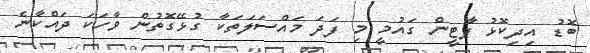
ބޮޑު އިދިކޮޅު ޕާޓީން ގައުމީ މި ފަދަ މައްސަލަތަކާ ގުޅޭގޮތުން ވާހަކަ ދައްކާނެ